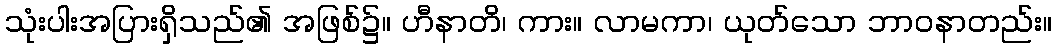
သုံးပါးအပြားရှိသည်၏ အဖြစ်၌။ ဟီနာတိ၊ ကား။ လာမကာ၊ ယုတ်သော ဘာဝနာတည်း။